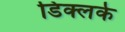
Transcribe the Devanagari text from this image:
डिक्लर्क